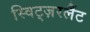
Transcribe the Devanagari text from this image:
स्विट्ज़रलैंट